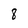
Character: 8